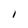
Character: I